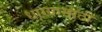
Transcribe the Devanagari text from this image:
धाग्यासाठी